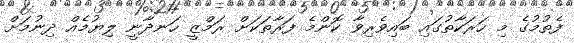
ފެތުމުގެ މި ހަރަކާތުގައި ބައިވެރިވާ ކޮންމެ ފަރާތަކަށް ރަމްޒީ ހަނދާނީ ލިޔުމެއް ދިނުމަށް